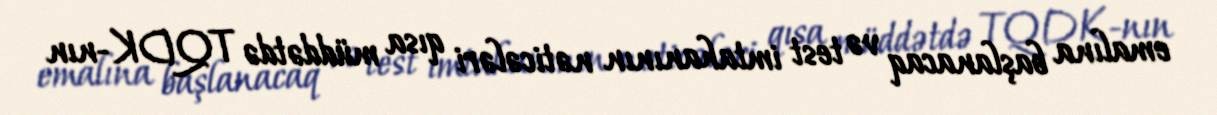
emalına başlanacaq və test imtahanının nəticələri qısa müddətdə TQDK-nın